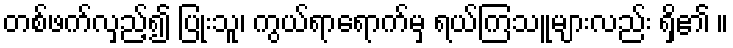
တစ်ဖက်လှည့်၍ ပြုံးသူ၊ ကွယ်ရာရောက်မှ ရယ်ကြသူများလည်း ရှိ၏ ။